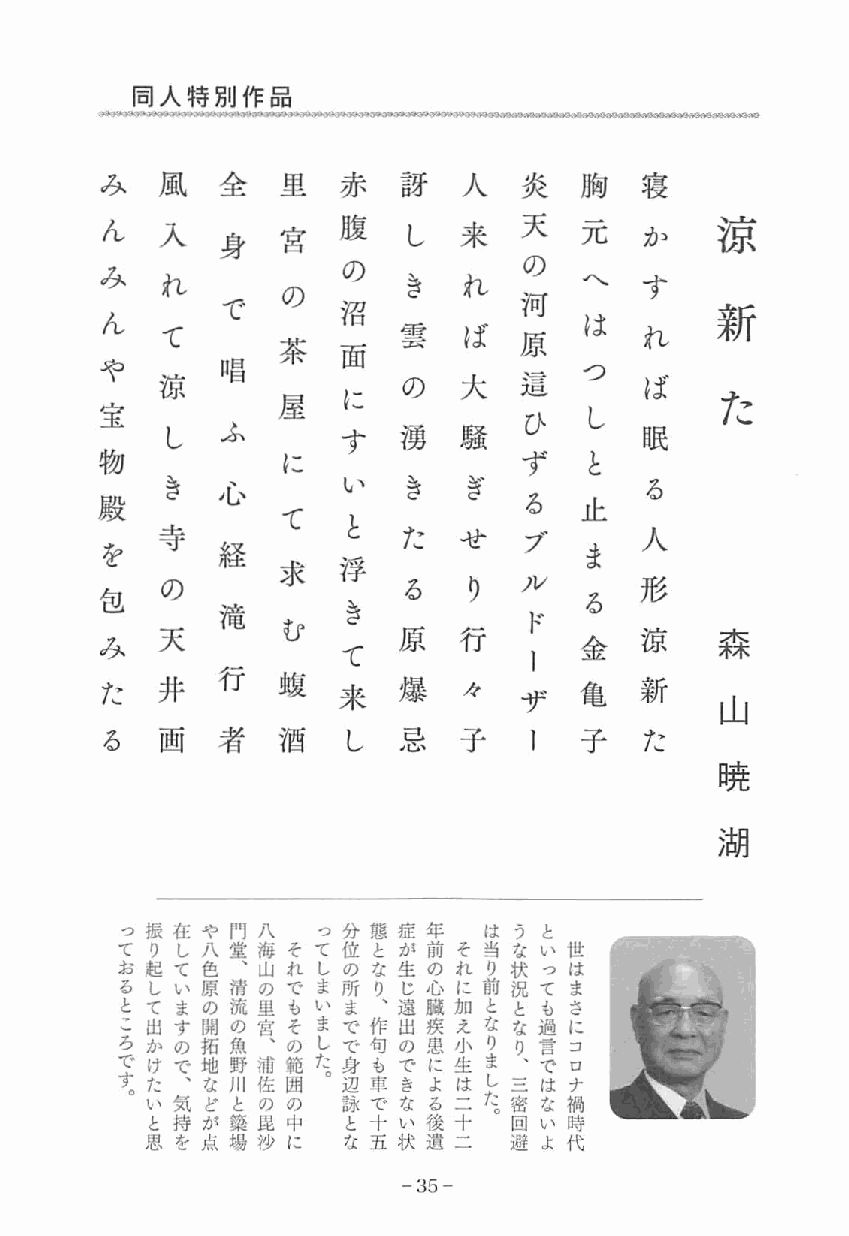
同人特別作昂
 ＂＂。。~
 み  風   全    里  赤   言牙  人   炎   胸   寝
 天   元
 ん  入        宮
 tJ夏
 し  来            ョカ  況、
 身                  の
 の
 み
 れ       の       込 ピ れ  河    A.. す
 で
 ん              沼           原    は       宗万
 て              吾Eき  ば           れ
 茶   面    τ~     這
 や        n自                      つ
 涼                の  大   ひ        lエ
 宝           屋   に                         た
 し
 物    し   ふ      す   湧    区叉 ず       民日
 ’ヲ＇!I!.
 る   と
 殿
 C込吋 JLl、    し、  L
 d吋
 ぎ
 プ   止
 る
 を
 て
 と
 包    寺               た  せ       ま   人
 経       浮
 求
 の               る      ノレ      形
 き
 る
 滝                    ド      涼
 天        む      原   行                 フドz
 み                              金
 て           l       新    不木
 た  井   行   j度  来   爆    ノ令  ザ  亀         山
 る  画   者   酒   し   忌   子   l   子    た
 暁
 湖
 っ 振 在 や 門 八  っ 分 態 症 年  は う と
 て り し 八 堂 海 そ て 位 と が 前 そ 当 な い 世
 お 起 て 色 、 山 れ し の な 生 の れ り 状 っ は
 る し い 原 消 の で ま 所 り じ 心 に 前 況 て ま
 こと て 出 ま す の 聞 流 の 魚 里 宮 も そ い ま し ま で 、 作 遠 出 臓 疾 加 え と な り と な も 過 さ に
 ろ で す か け の で 妬 地 川 判 、 浦 の 範 た 。 で 身 句 も の で 患 に 小 生 ま し り 、 言 で コ ロ
 。 た 、 な 川 佐 囲  辺 阜 き よ は た 三 は ナ
 い 気 ど と の の  詠 で な る 二 。 密 な 禍
 と 持 が 奨 毘 小  と 十 い 後 十  回 い 時
 思 を 点 励 沙 に  な 五 状 遺 二  避 よ 代
 qd−hd